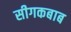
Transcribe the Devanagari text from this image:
सीगकबाब